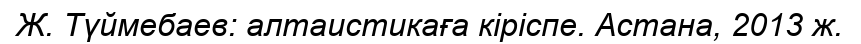
Ж. Түймебаев: алтаистикаға кіріспе. Астана, 2013 ж.